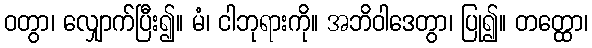
ဝတွာ၊ လျှောက်ပြီး၍။ မံ၊ ငါဘုရားကို။ အဘိဝါဒေတွာ၊ ပြု၍။ တတ္ထော၊